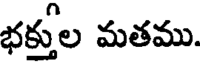
భక్తుల మతము.